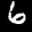
Label: 6